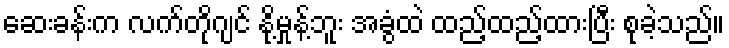
ဆေးခန်းက လက်တိုဂျင် နို့မှုန့်ဘူး အခွံထဲ ထည့်ထည့်ထားပြီး စုခဲ့သည်။